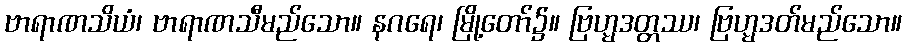
ဗာရာဏသိယံ၊ ဗာရာဏသီမည်သော။ နဂရေ၊ မြို့တော်၌။ ဗြဟ္မဒတ္တဿ၊ ဗြဟ္မဒတ်မည်သော။